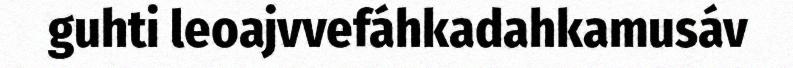
guhti leoajvvefáhkadahkamusáv